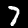
Digit: 7